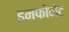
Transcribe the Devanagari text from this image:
इन्फोनेट